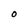
Character: O